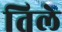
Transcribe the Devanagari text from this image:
तिले